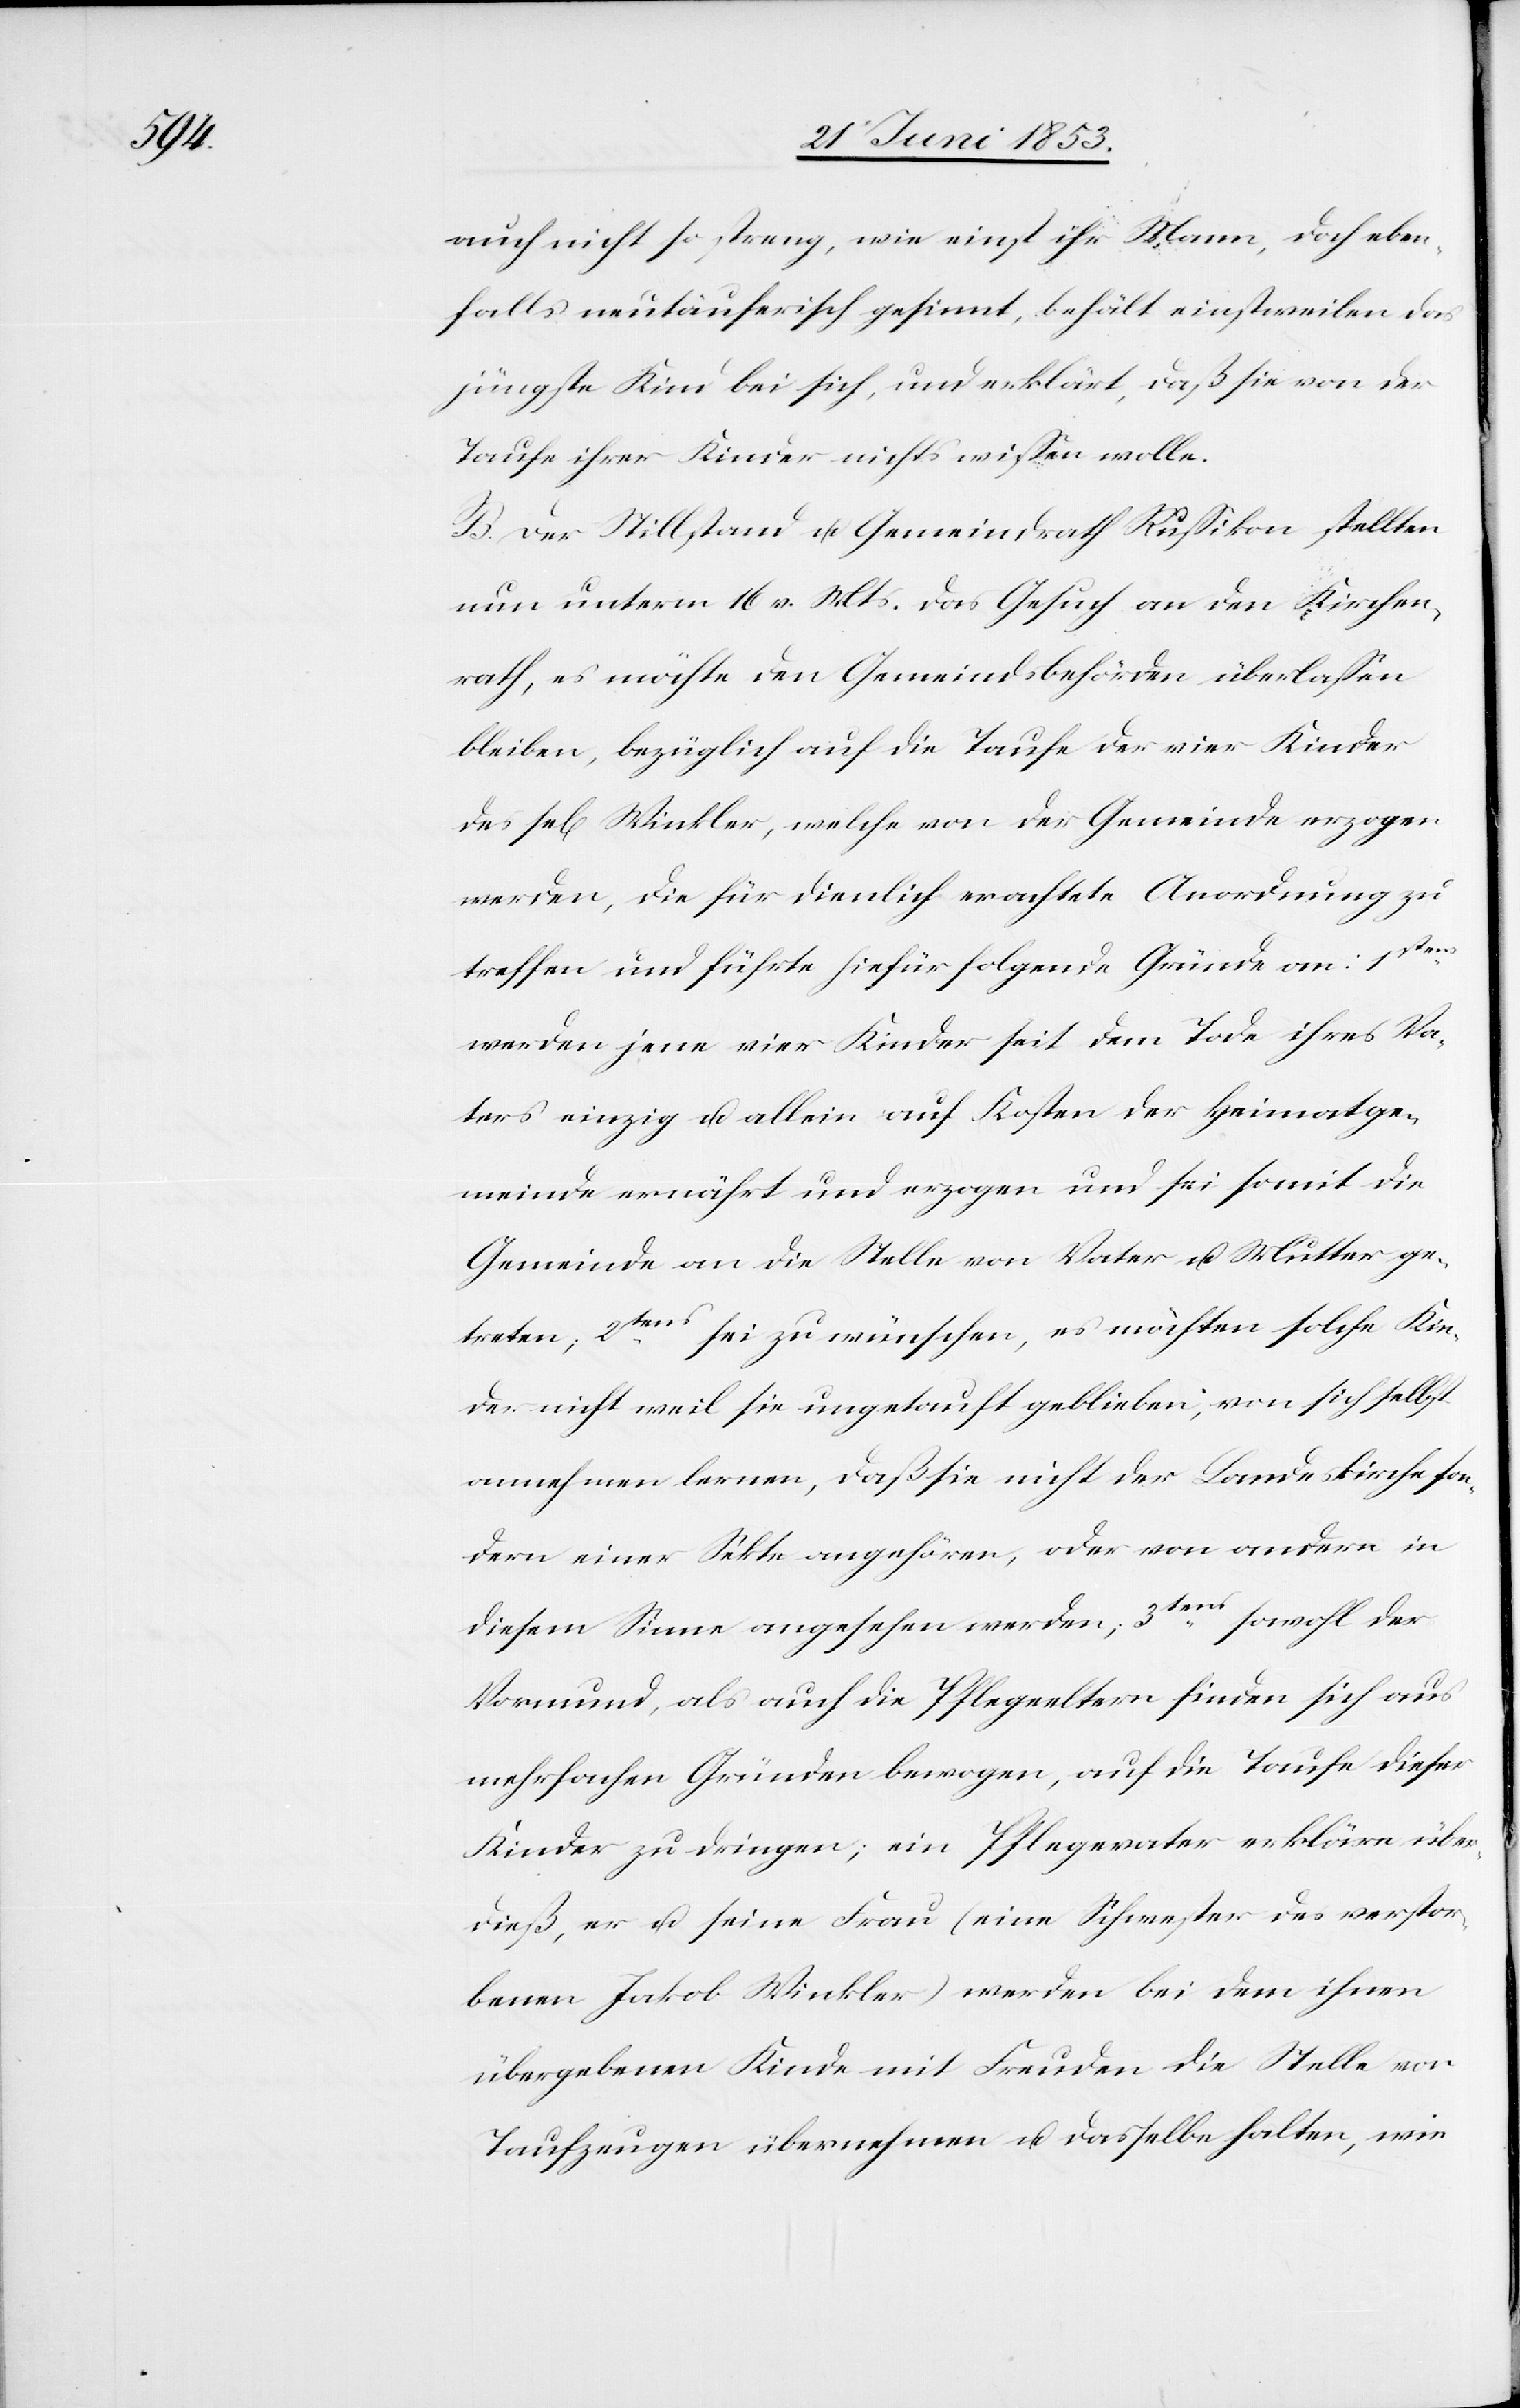
eben¬

falls neutäuferisch gesinnt, behält einstweilen das
jüngste Kind bei sich, und erklärt, daß sie von der
Taufe ihrer Kinder nichts wißen wolle.
B. Der Stillstand u. Gemeindrath Rußikon stellten
nun unterm 16 v. Mts. das Gesuch an den Kirchen¬
rath, es möchte den Gemeindsbehörden überlaßen
bleiben, bezüglich auf die Taufe der vier Kinder
des sel[igen] Winkler, welche von der Gemeinde erzogen
werden, die für dienlich erachtete Anordnung zu
treffen und führte hiefür folgende Gründe an: 1stens.
werden jene vier Kinder seit dem Tode ihres Va¬
ters einzig u. allein auf Kosten der Heimatge¬
meinde ernährt und erzogen und sei somit die
Gemeinde an die Stelle von Vater u. Mutter ge¬
treten; 2tens sei zu wünschen, es möchten solche Kin¬
der nicht weil sie ungetauft geblieben, von sich selbst
annehmen lernen, daß sie nicht der Landeskirche son¬
dern einer Sekte angehören, oder von andern in
sowohl der
diesem Sinne angesehen werden; 3tens
Vormund, als auch die Pflegeeltern finden sich aus
mehrfachen Gründen bewogen, auf die Taufe dieser
Kinder zu dringen; ein Pflegevater erkläre über¬
dieß, er u. seine Frau (eine Schwester des verstor¬
benen Jakob Winkler) werden bei dem ihnen
übergebenen Kinde mit Freuden die Stelle von
Taufzeugen übernehmen u. dasselbe halten, wie